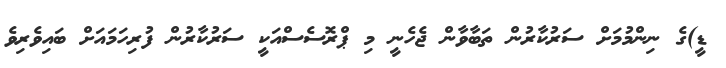
ޑީ)ގެ ނިންމުމަށް ސަރުކާރުން ތަބާވާން ޖެހެނީ މި ޕްރޮސެސްއަކީ ސަރުކާރުން ފުރިހަމައަށް ބައިވެރިވެ